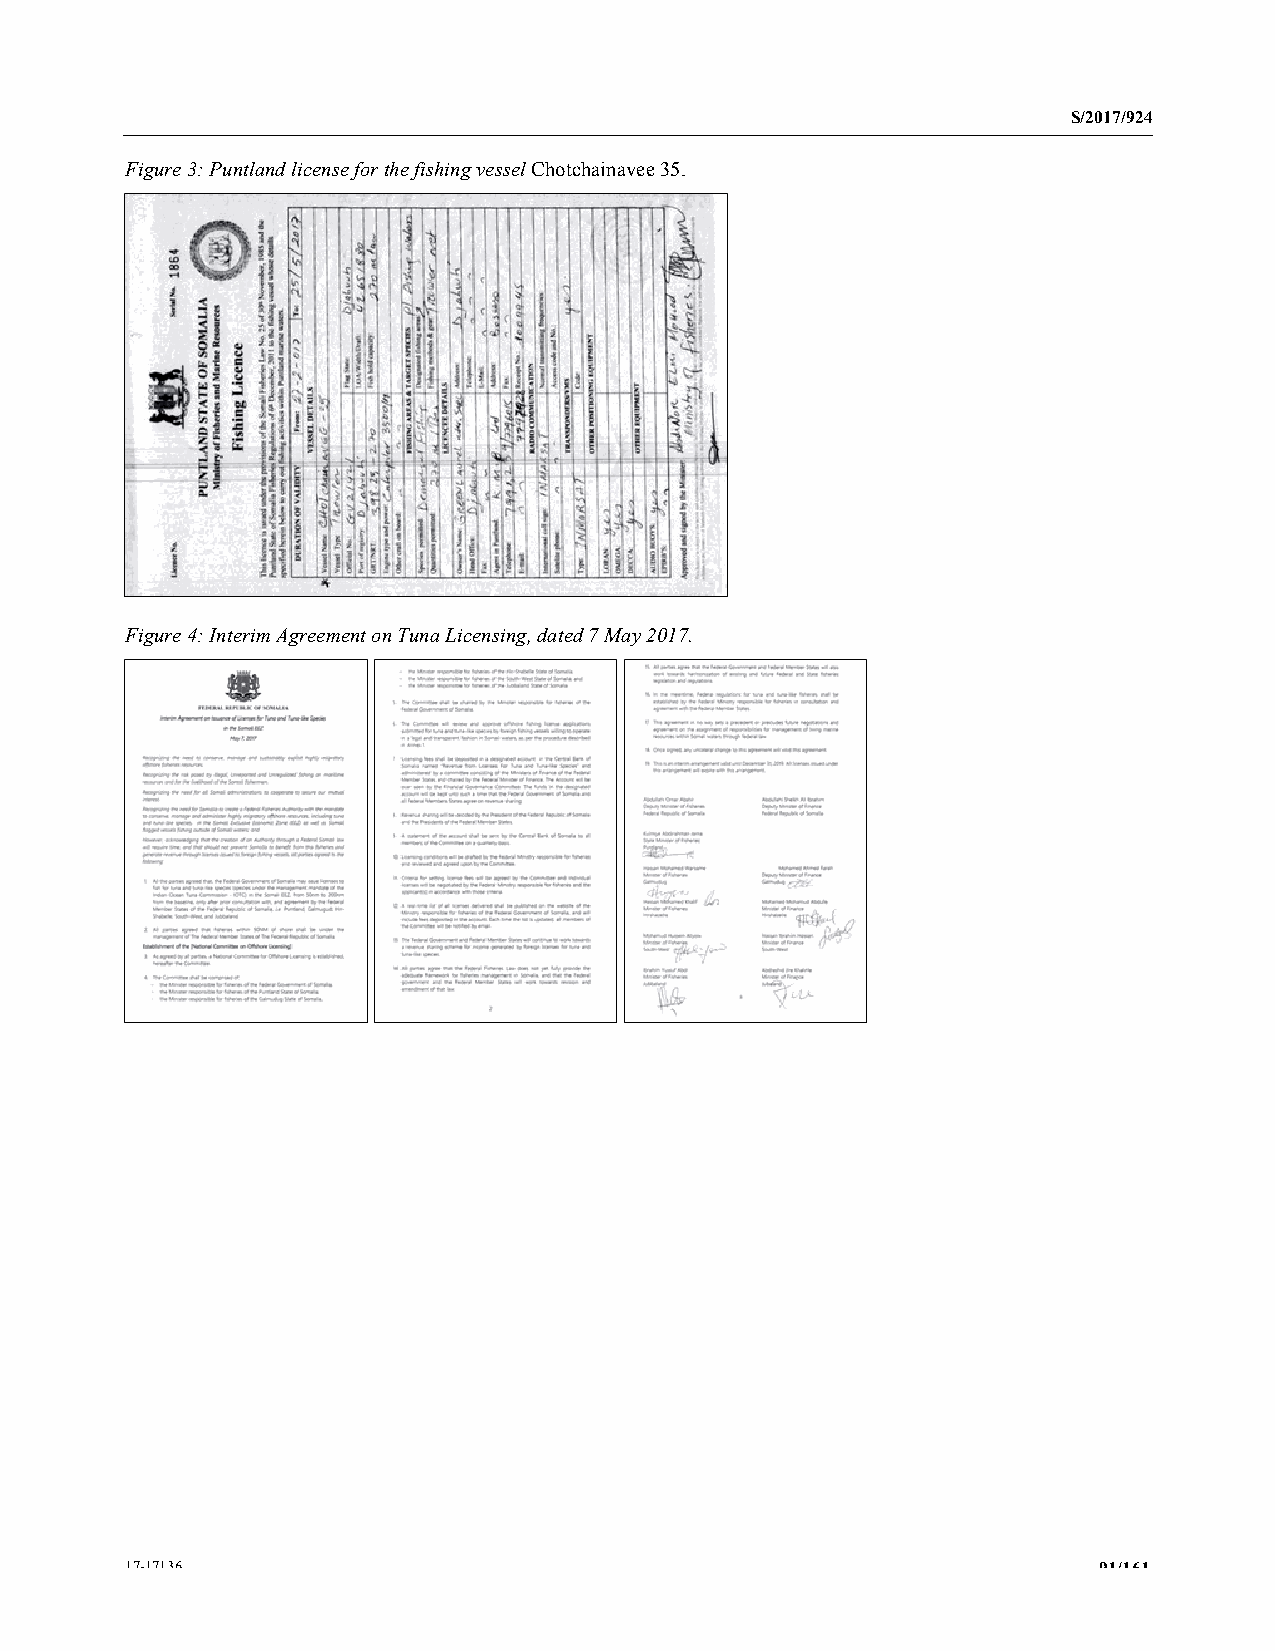
S/2017/924
 Figure 3: Puntland license for the fishing vessel Chotchainavee 35.
 Figure 4: Interim Agreement on Tuna Licensing, dated 7 May 2017.
 17-17136                                                         91/161